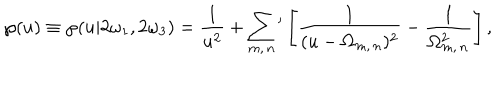
\wp ( u ) \equiv \wp ( u | 2 \omega _ { 1 } , 2 \omega _ { 3 } ) = { \frac { 1 } { u ^ { 2 } } } + \sum _ { m , \, n } { } ^ { \prime } \left[ { \frac { 1 } { ( u - \Omega _ { m , \, n } ) ^ { 2 } } } - { \frac { 1 } { \Omega _ { m , \, n } ^ { 2 } } } \right] ,